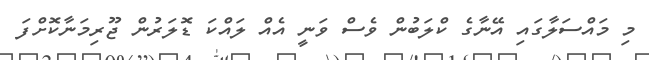
މި މައްސަލާގައި އޭނާގެ ކްލަބުން ވެސް ވަނީ އެއް ލައްކަ ޑޮލަރުން ޖޫރިމަނާކޮށްފަ